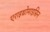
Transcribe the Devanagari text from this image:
एराइथ्रोमाइसिन